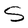
Character: S